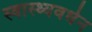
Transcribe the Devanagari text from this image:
स्वास्थ्यवर्धन